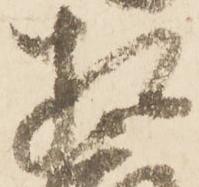
相